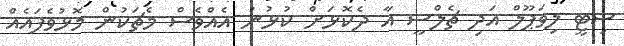
ސިޓީ ލިވަޕޫލް އަދި ޗެލްސީ އާ ދެކޮޅަށް ކުޅުނު އެއްވެސް މެޗަކުން މޮޅުވެފައެއް